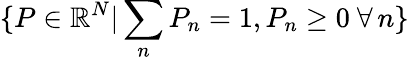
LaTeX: \{ P\in\mathbb{R}^{N}|\sum_{n}P_{n}=1,P_{n}\geq 0~\forall\, n\}